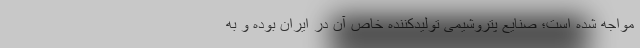
مواجه شده است؛ صنایع پتروشیمی تولیدکننده خاص آن در ایران بوده و به